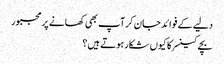
دلیے کے فوائد جان کر آپ بھی کھانے پر مجبور
بچے کینسر کا کیوں شکار ہوتے ہیں؟